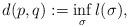
LaTeX: \begin{align*} d(p,q) := \inf_{\sigma}l(\sigma), \end{align*}